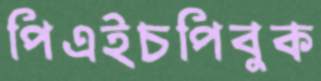
পিএইচপিবুক